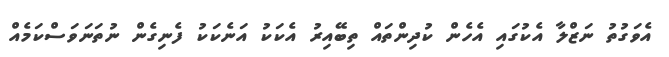
އެވަގުތު ނަޒްލާ އެކުގައި އެހެން ކުދިންތައް ތިބޭއިރު އެކަކު އަނެކަކު ފެނިގެން ނުތަނަވަސްކަމެއް